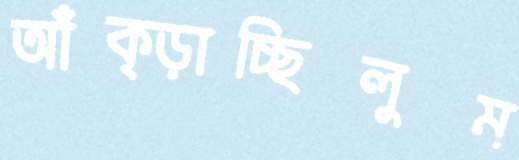
আঁক্‌ড়াচ্ছিলুম